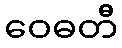
ဝေဓတီ